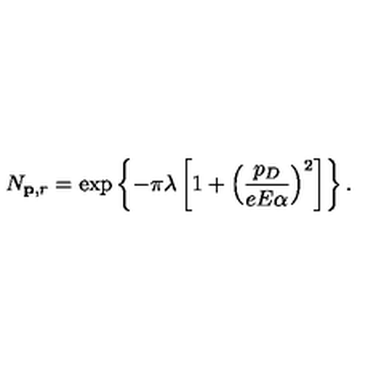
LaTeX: N _ { { \bf p } , r } = \exp \left\{ - \pi \lambda \left[ 1 + \left( \frac { p _ { D } } { e E \alpha } \right) ^ { 2 } \right] \right\} .